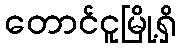
တောင်ငူမြို့ရှိ